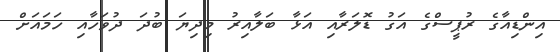
އިންޑިއާގެ ރުޕީސްގެ އަގު ޑޮލަރާއި އަޅާ ބަލާއިރު މިދިޔަ ބުދަ ދުވަހާއި ހަމައަށް